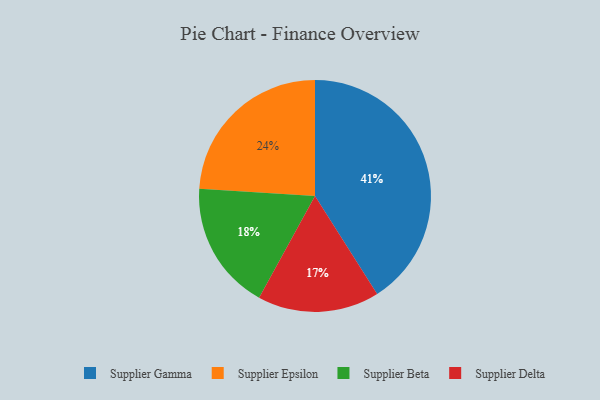
{"axis": {"x": "Category", "y": "Percentage"}, "legend": ["Supplier Beta", "Supplier Delta", "Supplier Epsilon", "Supplier Gamma"], "data": [{"x": "Supplier Epsilon", "y": 24, "type": "Supplier Epsilon"}, {"x": "Supplier Gamma", "y": 41, "type": "Supplier Gamma"}, {"x": "Supplier Delta", "y": 17, "type": "Supplier Delta"}, {"x": "Supplier Beta", "y": 18, "type": "Supplier Beta"}]}